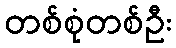
တစ်စုံတစ်ဦး